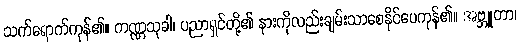
သက်ရောက်ကုန်၏။ ကဏ္ဏသုခါ၊ ပညာရှင်တို့၏ နားကိုလည်းချမ်းသာစေနိုင်ပေကုန်၏။ အဗ္ဘူတာ၊